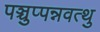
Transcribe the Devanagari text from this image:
पञ्चुप्पन्नवत्थु